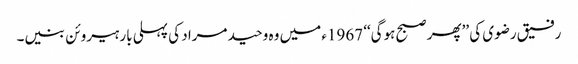
رفیق رضوی کی ’’پھر صبح ہوگی‘‘ 1967ء میں وہ وحید مراد کی پہلی بار ہیروئن بنیں۔